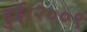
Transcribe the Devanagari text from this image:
हुई।२००९